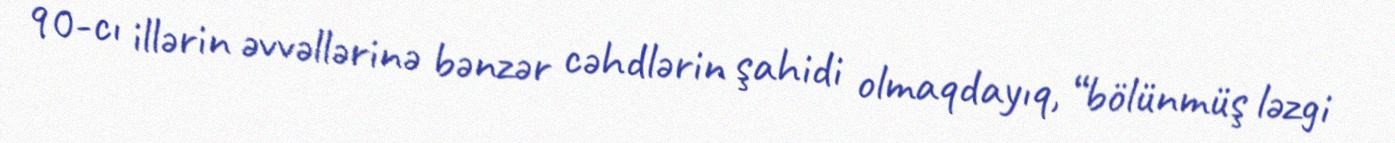
90-cı illərin əvvəllərinə bənzər cəhdlərin şahidi olmaqdayıq, “bölünmüş ləzgi